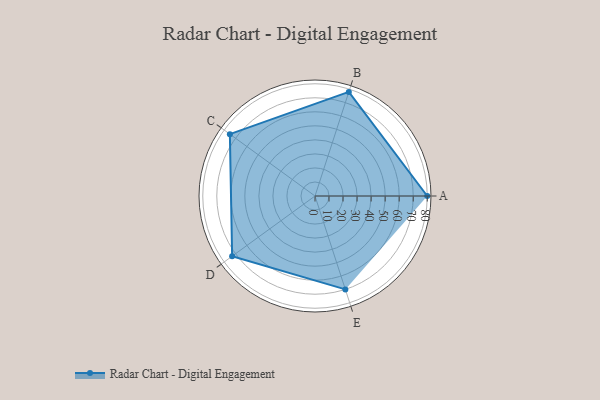
{"axis": {"x": "Skill", "y": "Score"}, "legend": ["Profile"], "data": [{"x": "A", "y": 80.0, "type": "Profile"}, {"x": "B", "y": 78.0, "type": "Profile"}, {"x": "C", "y": 75.0, "type": "Profile"}, {"x": "D", "y": 73.0, "type": "Profile"}, {"x": "E", "y": 70.0, "type": "Profile"}]}